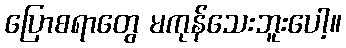
ပြောစရာတွေ မကုန်သေးဘူးပေါ့။